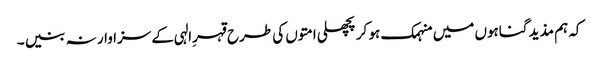
کہ ہم مذید گناہوں میں منہمک ہو کر پچھلی امتوں کی طرح قہرِالہی کے سزاوار نہ بنیں ۔